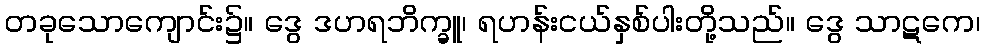
တခုသောကျောင်း၌။ ဒွေ ဒဟရဘိက္ခူ၊ ရဟန်းငယ်နှစ်ပါးတို့သည်။ ဒွေ သာဋကေ၊